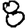
Digit: 8